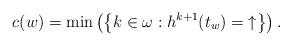
LaTeX: \begin{align*} c(w) = \min\left( \left\{ k \in \omega: {h}^{k+1}({t}_{w}) = \; \uparrow \right\} \right). \end{align*}